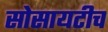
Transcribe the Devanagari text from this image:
सोसायटीच